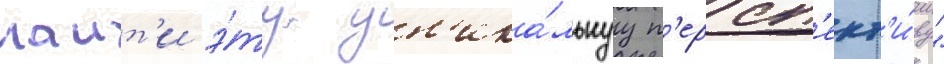
наит'и э́ту ун'ика́льнуу п'ерсп'ект'и́ву"